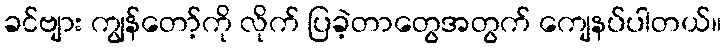
ခင်ဗျား ကျွန်တော့်ကို လိုက် ပြခဲ့တာတွေအတွက် ကျေနပ်ပါတယ်။